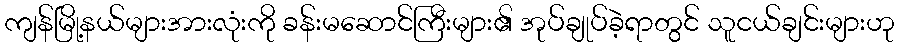
ကျန်မြို့နယ်များအားလုံးကို ခန်းမဆောင်ကြီးများ၏ အုပ်ချုပ်ခဲ့ရာတွင် သူငယ်ချင်းများဟု